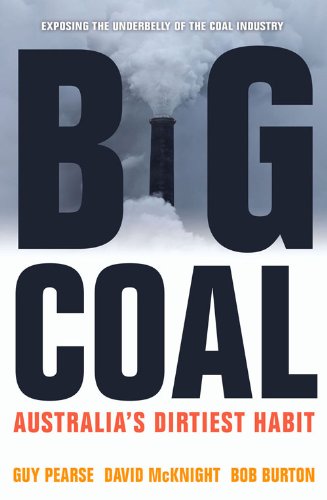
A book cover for Big Coal: Australia's Dirtiest Habit; Guy Pearse; Business & Money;